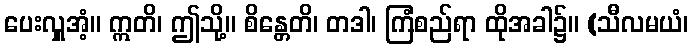
ပေးလှူအံ့။ ဣတိ၊ ဤသို့။ စိန္တေတိ၊ တဒါ၊ ကြံစည်ရာ ထိုအခါ၌။ (သီလမယံ၊